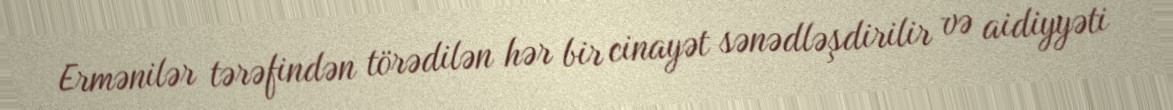
Ermənilər tərəfindən törədilən hər bir cinayət sənədləşdirilir və aidiyyəti